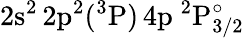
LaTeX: \mathrm{2s^{2}\, 2p^{2}(^{3}P)\, 4p~^{2}P_{3/2}^{\circ}}